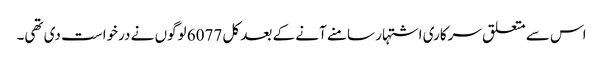
اس سے متعلق سرکاری اشتہار سامنے آنے کے بعد کل 6077 لوگوں نے درخواست دی تھی۔